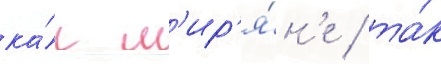
ка́к м'ир'я́н'е / та́к